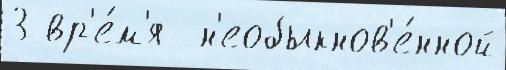
3 вр'е́м'я  н'еобыкнов'е́нной